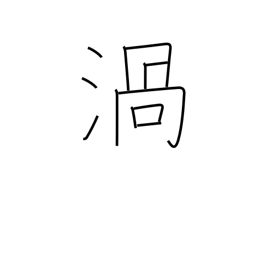
Meaning: vortex